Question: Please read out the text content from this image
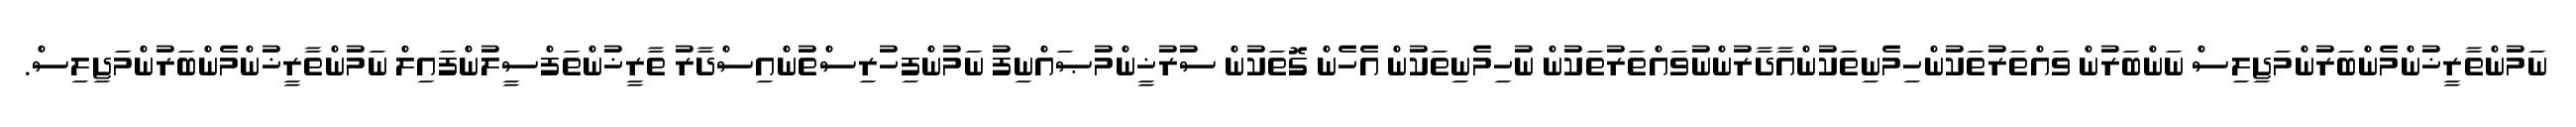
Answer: ނަމުންތާރީޚުންމެންބަރުންމަޖިލިސް ނަންބަރުން ވައްތަރުތަކުންހިމެނިތަކުންއާދާރުންނުވައްތަރުތަކުން ނުހިމެނިތަކުން އެހެން ގޮތަކުން ސުރުޚީންމުޞައްނިފު ނަމުންފިހުރިސްތުންއިސްދާރު ތާރީޚުންތަފްސީލުންފައިލް ނަމުންތާރީޚުންމެންބަރުންމަޖިލިސް.